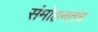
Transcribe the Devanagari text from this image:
संमोहनतंत्र